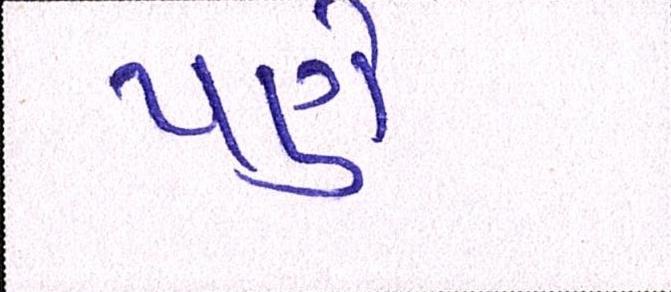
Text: પણે